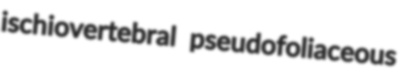
ischiovertebral pseudofoliaceous